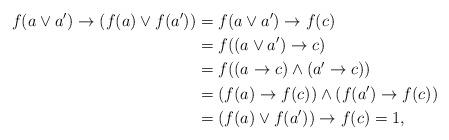
LaTeX: \begin{align*}f(a \vee a') \to (f(a) \vee f(a')) &= f(a \vee a') \to f(c) \\&= f((a \vee a') \to c) \\&= f((a \to c) \wedge (a' \to c)) \\&= (f(a) \to f(c)) \wedge (f(a') \to f(c)) \\&= (f(a) \vee f(a')) \to f(c) = 1,\end{align*}